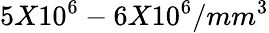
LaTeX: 5X10^{6}-6X10^{6}/mm^{3}